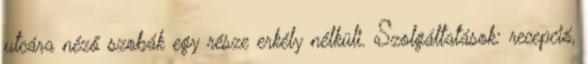
utcára néző szobák egy része erkély nélküli. Szolgáltatások: recepció,